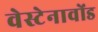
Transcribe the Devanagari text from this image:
वेस्टेनावोंड